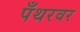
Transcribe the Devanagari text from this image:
पँथरवर